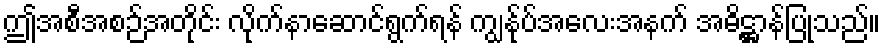
ဤအစီအစဉ်အတိုင်း လိုက်နာဆောင်ရွက်ရန် ကျွန်ုပ်အလေးအနက် အဓိဋ္ဌာန်ပြုသည်။